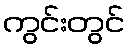
ကွင်းတွင်